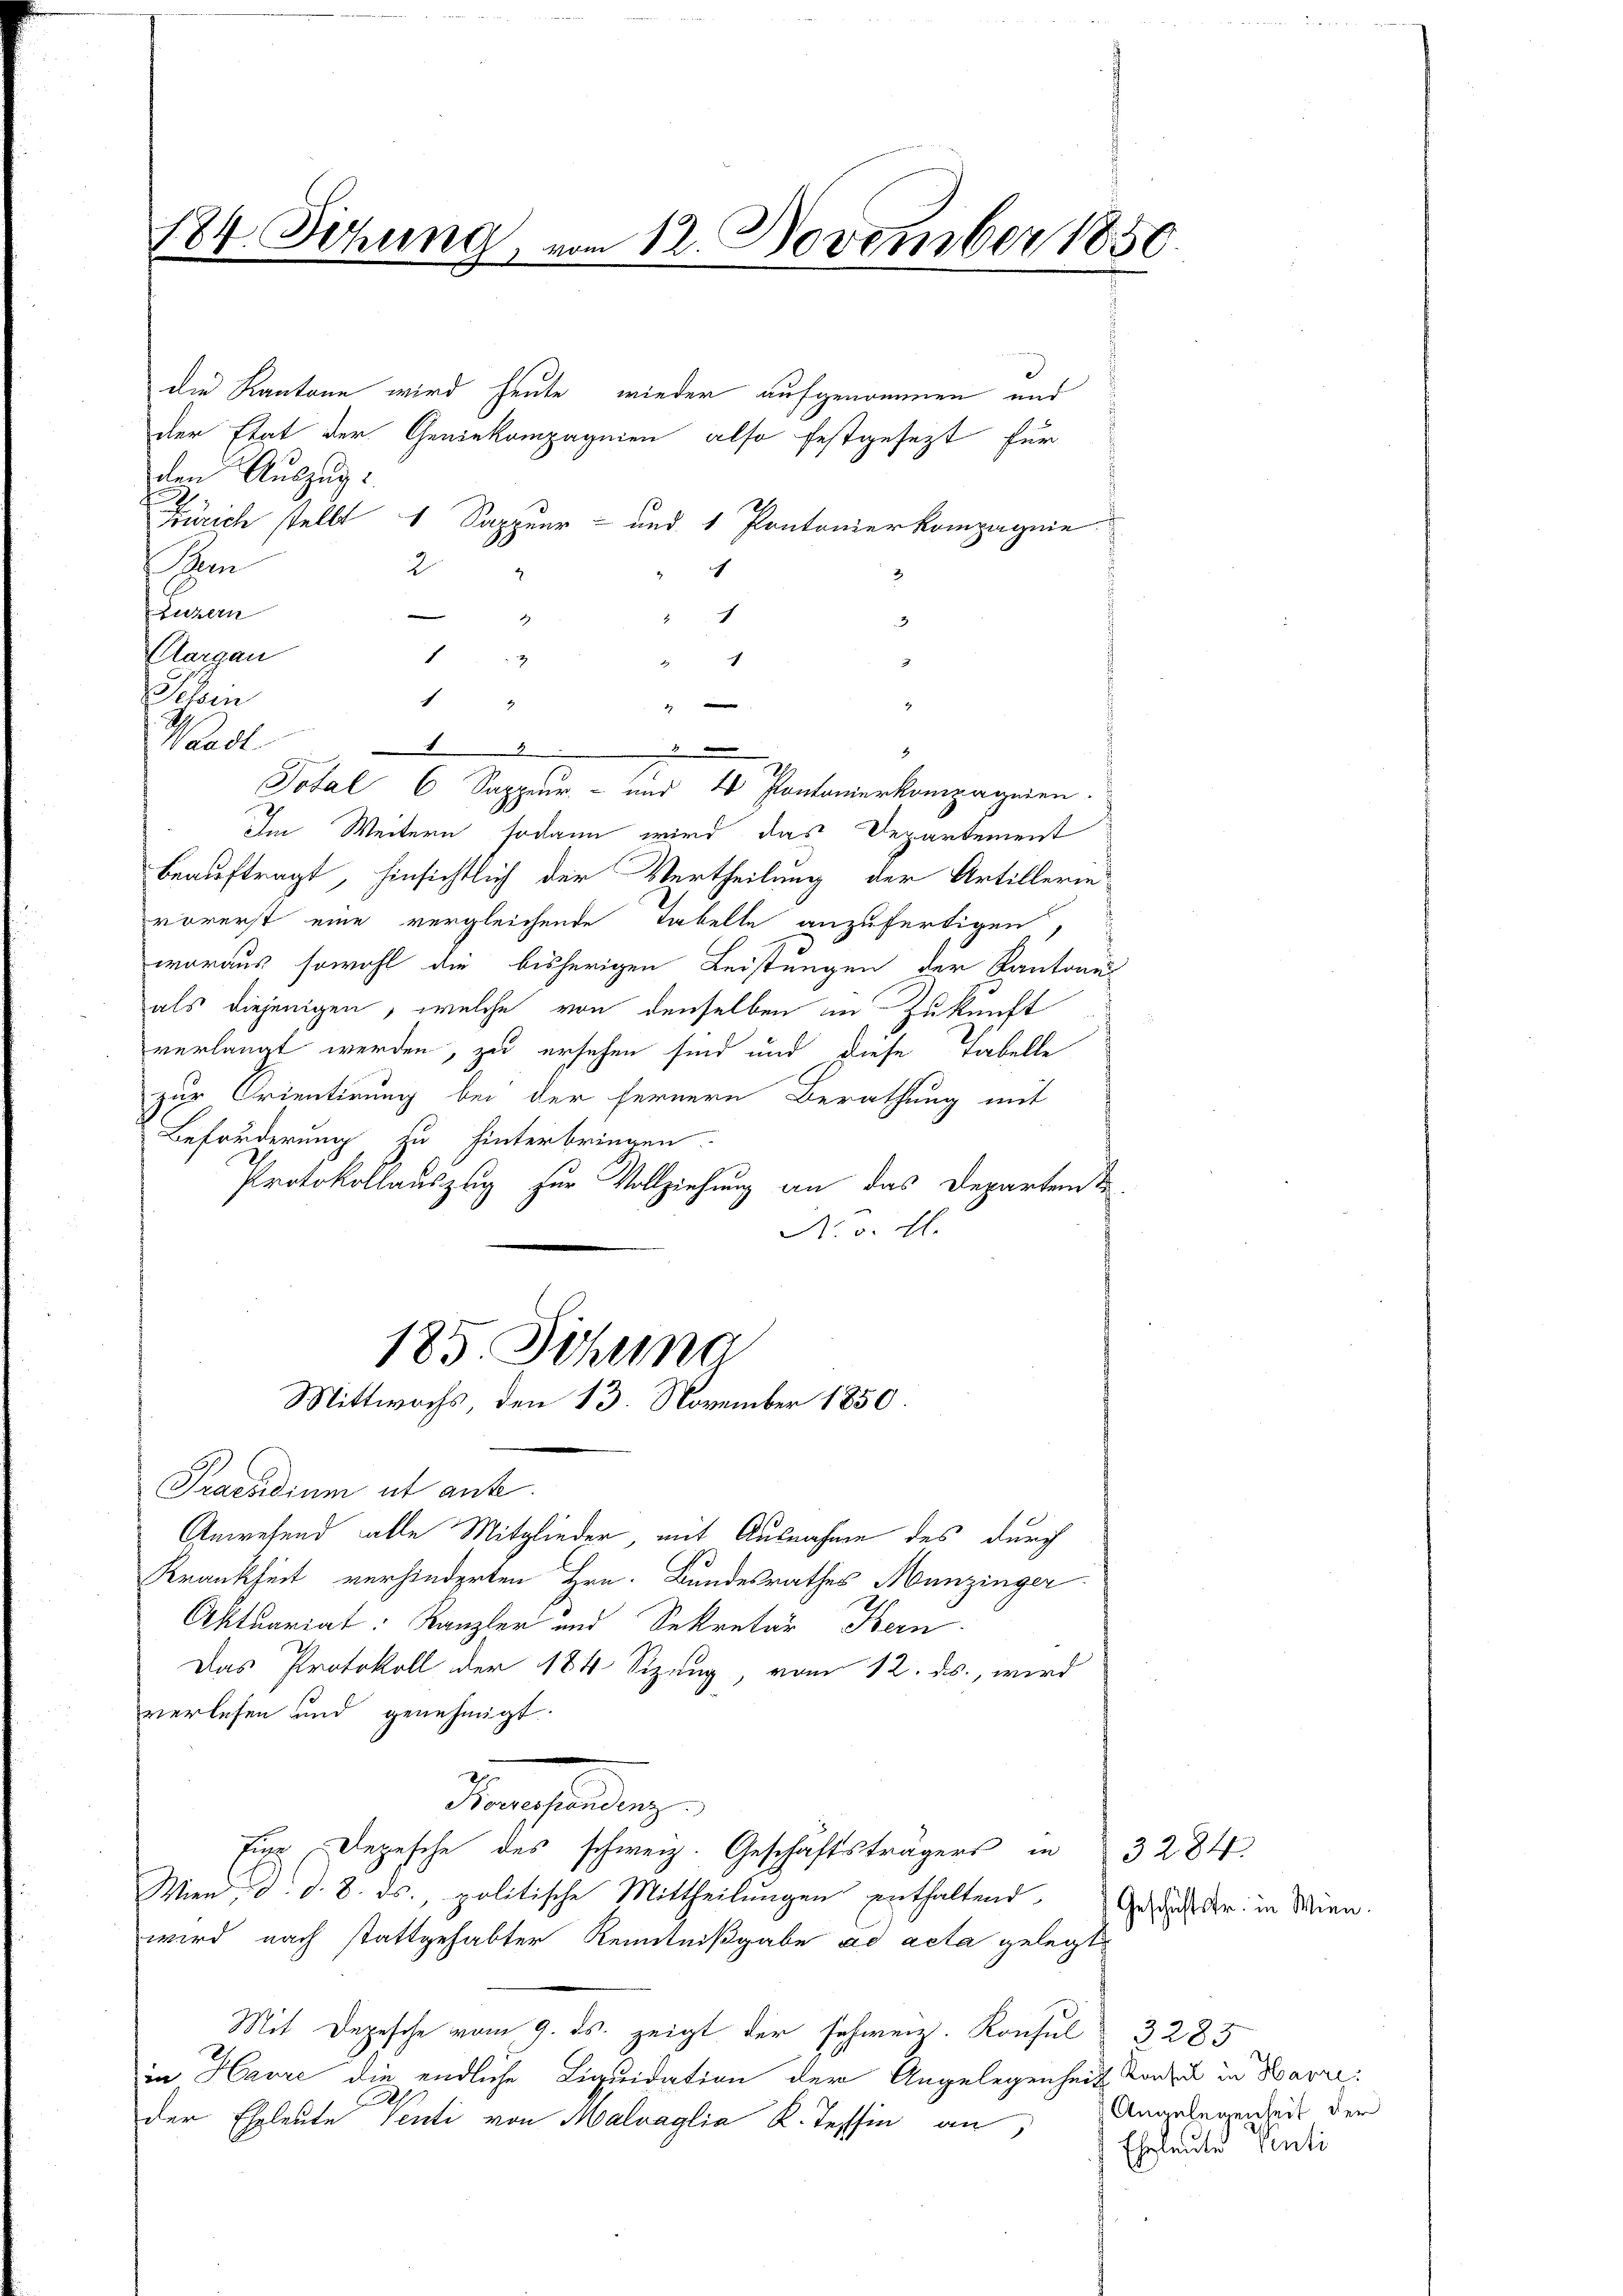
184. Sitzung, vom 12. November 1851

die Kantone wird heute wieder aufgenommen und
der Etat der Geniekompagnien also festgesezt für
den Auszug
.
Zürich stellt " Sappeur- und 1 Pontonierkompagnie
m
2
Sichen
2
.
3
Aargau
f
4
Jelen
Im Weitern sodann wird das Departement
beauftragt, hinsichtlich der Vertheilung der Artillerin
vorerst eine vergleichende Tabelle anzufertigen,
woraus sowohl die bisherigen Leistungen der Kantonss
als diejenigen, welche von denselben in Zukunft
verlangt werden, zu ersehen sind und diese Tabelle
zur Orientirung bei der fernern Berathung mit
Beförderung zu hinterbringen.
Protokollauszug zur Vollziehung an das Departente
A. v. E.
185. Sitzung
Mittwochs, den 13. November 1850.
Praesidium ut ante.
Anwesend alle Mitglieder, mit Ausnahme des durch
Krankheit verhinderten Hrn. Bundesrathes Munzinger
Aktuariat: Kanzler und Sekretär Kern
Das Protokoll der 184 Sizung vom 12. ds., wird
verlesen und genehmigt.
Dersendung
Eine Depesche des schweiz. Geschäftsträgers in 3284
Wien, d. d. 8. ds., politische Mittheilungen enthaltend,
wird nach stattgehabter Kenntnißgabe ad acta gelegt
Mit Depesche vom 9. ds. zeigt der schweiz. Konsul 3285
in Havre die endliche Liquidation der Angelegenheit Sonden in Havre:
der Eheleute Venti von Malvaglia K. Tessin an

e
1
2
2.
Waadt

.
Total 6 Sappeur- und 4 Pontonierkompagnien.

Geschäftstr. in Wien.

Angelegenheit der
Eheleute Centi
76